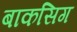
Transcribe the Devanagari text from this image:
बाकसिग